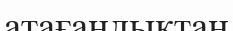
атағандықтан